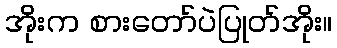
အိုးက စားတော်ပဲပြုတ်အိုး။